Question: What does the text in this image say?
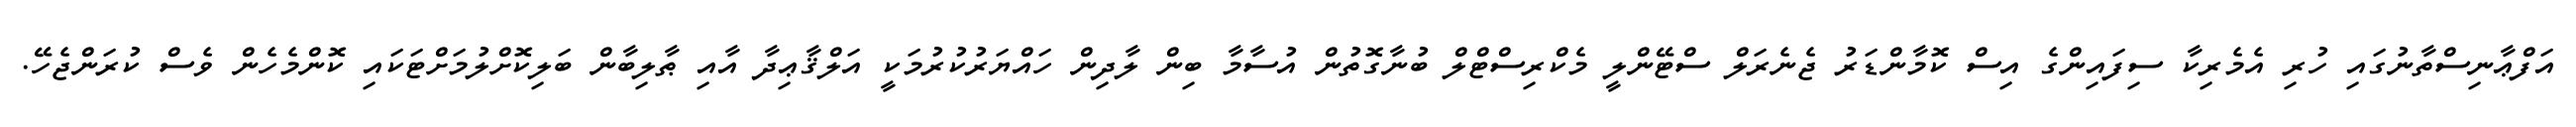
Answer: އަފްޢާނިސްތާނުގައި ހުރި އެމެރިކާ ސިފައިންގެ އިސް ކޮމާންޑަރު ޖެނެރަލް ސްޓޭންލީ މެކްރިސްޓްލް ބުނާގޮތުން އުސާމާ ބިން ލާދިން ހައްޔަރުކުރުމަކީ އަލްޤާޢިދާ އާއި ޠާލިބާން ބަލިކޮށްލުމަށްޓަކައި ކޮންމެހެން ވެސް ކުރަންޖެހޭ.